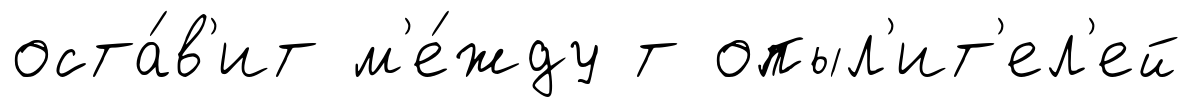
оста́в'ит м'е́жду т опыл'ит'ел'ей